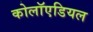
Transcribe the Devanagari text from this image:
कोलॉएडियल